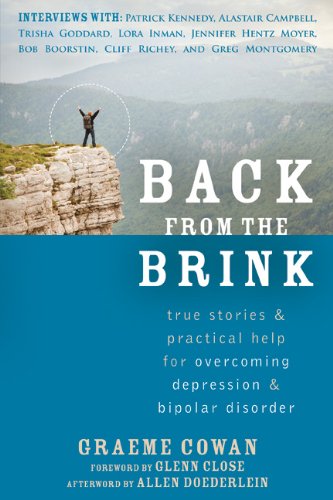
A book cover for Back from the Brink: True Stories and Practical Help for Overcoming Depression and Bipolar Disorder; Graeme Cowan; Health, Fitness & Dieting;